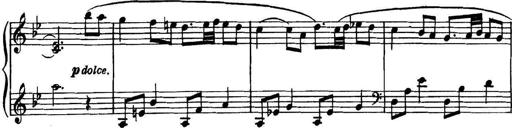
Title: Piano Sonatina in G minor
Composer: John Blackwood McEwen
Key: G minor